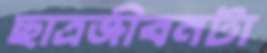
ছাত্রজীবনটা